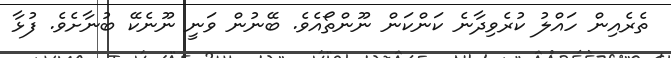
ތެރެއިން ހައްލު ކުރެވިދާނެ ކަންކަން ނޫންތޯއެވެ. ބޭނުން ވަނީ ނޫނެކޭ ބުނާށެވެ. ފުޅާ